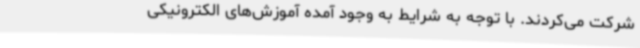
شرکت می‌کردند. با توجه به شرایط به وجود آمده آموزش‌های الکترونیکی